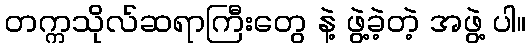
တက္ကသိုလ်ဆရာကြီးတွေ နဲ့ ဖွဲ့ခဲ့တဲ့ အဖွဲ့ ပါ။